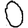
Digit: 0